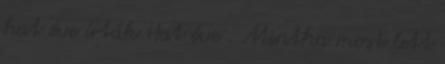
hat éve írták Hat éve . Mintha most lett